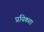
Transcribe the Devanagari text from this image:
प्रयिकता